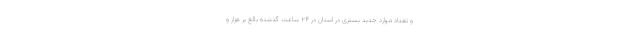
و تعداد موارد جدید بستری در استان در ۲۴ ساعت گذشته بالغ بر هزار و